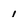
Character: 1